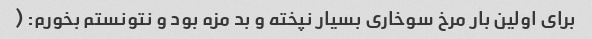
برای اولین بار مرخ سوخاری بسیار نپخته و بد مزه بود و نتونستم بخورم: (